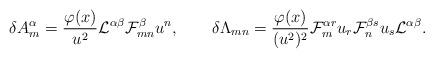
LaTeX: \begin{align*}\delta A^\alpha_m={{\varphi(x)}\over{u^2}}{\cal L}^{\alpha\beta}{\cal F}^\beta_{mn}u^n,\qquad\delta\Lambda_{mn}={{\varphi(x)}\over{(u^2)^2}}{\cal F}^{\alpha r}_{m}u_r{\cal F}^{\beta s}_nu_s{\cal L}^{\alpha\beta}.\end{align*}